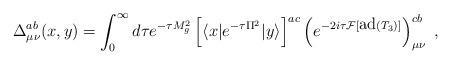
LaTeX: \begin{align*}\Delta^{ab}_{\mu\nu}(x,y)=\int_{0}^{\infty } d{\tau} e^{- \tau M_g^2}\left[\langle x |e^{-\tau\Pi^2}|y\rangle\right]^{ac}\left(e^{-2i\tau {\cal F}[\mbox{ad}(T_3)]}\right)_{\mu\nu}^{cb} \ ,\end{align*}